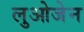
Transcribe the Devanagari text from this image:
लुओजेन